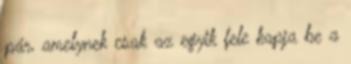
pár, amelynek csak az egyik fele kapja be a